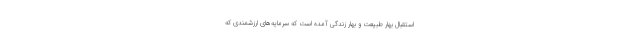
استقبال بهار طبیعت و بهار زندگی آمده است که سرمایه‌های ارزشمندی که